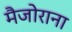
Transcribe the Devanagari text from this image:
मैजोराना